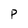
Character: P